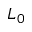
L _ { 0 }